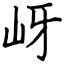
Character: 岈